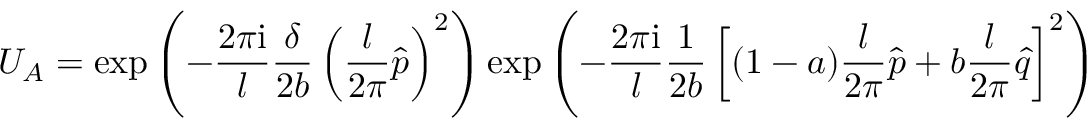
{ \cal U } _ { \cal A } = \exp \left( - \frac { 2 \pi { \mathrm i } } { l } \frac { \delta } { 2 b } \left( \frac { l } { 2 \pi } \hat { p } \right) ^ { 2 } \right) \exp \left( - \frac { 2 \pi { \mathrm i } } { l } \frac { 1 } { 2 b } \left[ ( 1 - a ) \frac { l } { 2 \pi } \hat { p } + b \frac { l } { 2 \pi } \hat { q } \right] ^ { 2 } \right)